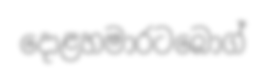
දොළහමාරටබොග්